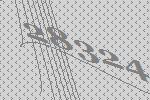
28324